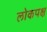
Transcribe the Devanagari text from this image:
लोकपक्ष